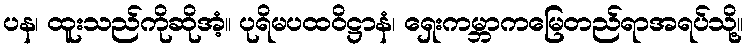
ပန၊ ထူးသည်ကိုဆိုအံ့။ ပုရိမပထဝိဋ္ဌာနံ၊ ရှေးကမ္ဘာကမြေတည်ရာအရပ်သို့။